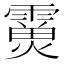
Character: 𩅊